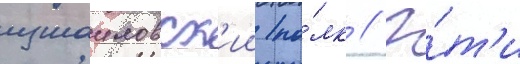
измаиловск'ии по́лк // Э́т'и